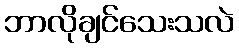
ဘာလိုချင်သေးသလဲ